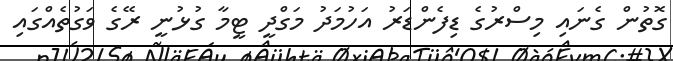
ގޮތުން ގެނައި މިސްރުގެ ޑިފެންޑަރު އަހުމަދު މަގްދީ ޓީމާ ގުޅުނީ ރޭގެ ވަގުތެއްގައި